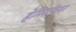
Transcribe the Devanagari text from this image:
हेमिसफ़ेयर